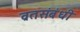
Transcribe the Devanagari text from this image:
व्रतसंबंधी